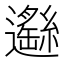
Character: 𨘺